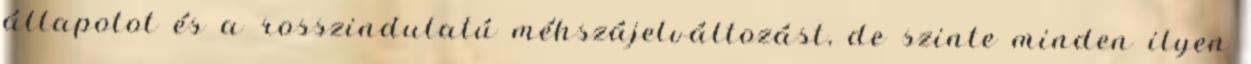
állapotot és a rosszindulatú méhszájelváltozást, de szinte minden ilyen